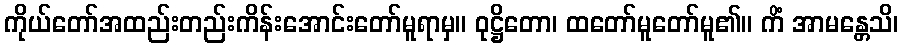
ကိုယ်တော်အထည်းတည်းကိန်းအောင်းတော်မူရာမှ။ ဝုဋ္ဌိတော၊ ထတော်မူတော်မူ၏။ ကိံ အာမန္တေသိ၊